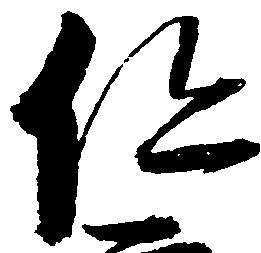
但